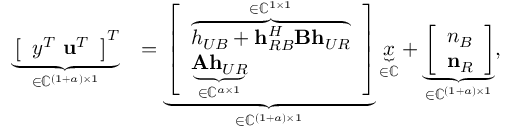
\begin{array} { r l } { \underbrace { \left[ \begin{array} { l } { y ^ { T } \ \mathbf { u } ^ { T } } \end{array} \right] ^ { T } } _ { \in \mathbb { C } ^ { ( 1 + a ) \times 1 } } } & { = \underbrace { \left[ \begin{array} { l } { \overbrace { h _ { U B } + \mathbf { h } _ { R B } ^ { H } \mathbf { B } \mathbf { h } _ { U R } } ^ { \in \mathbb { C } ^ { 1 \times 1 } } } \\ { \underbrace { \mathbf { A } \mathbf { h } _ { U R } } _ { \in \mathbb { C } ^ { a \times 1 } } } \end{array} \right] } _ { \in \mathbb { C } ^ { ( 1 + a ) \times 1 } } \underbrace { x } _ { \in \mathbb { C } } + \underbrace { \left[ \begin{array} { l } { n _ { B } } \\ { \mathbf { n } _ { R } } \end{array} \right] } _ { \in \mathbb { C } ^ { ( 1 + a ) \times 1 } } , } \end{array}